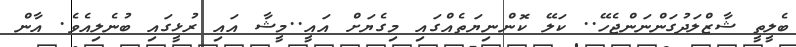
ބެލީތީ ޝާޒްލަދުގަންނަންޖެހޭ.. ކަލޭ ކޮންނިޔަތެއްގައި މިގެޔަށް އައީ..މީޝާ އައި ރުޅީގައި ބުނެލިއެވެ. އާން